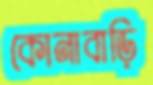
কোনাবাড়ি